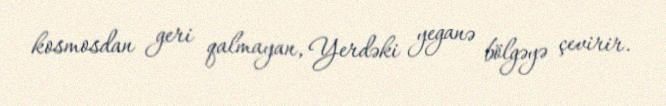
kosmosdan geri qalmayan, Yerdəki yeganə bölgəyə çevirir.